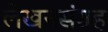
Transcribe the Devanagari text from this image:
लेखनसंग्रह